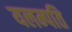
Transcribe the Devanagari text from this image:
यलम्पति